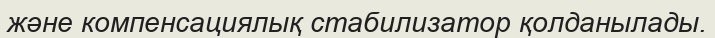
және компенсациялық стабилизатор қолданылады.